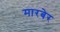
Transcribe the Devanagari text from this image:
मारबेर